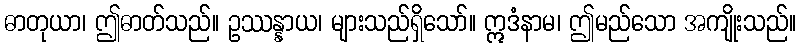
ဓာတုယာ၊ ဤဓာတ်သည်။ ဥဿန္နာယ၊ များသည်ရှိသော်။ ဣဒံနာမ၊ ဤမည်သော အကျိုးသည်။